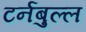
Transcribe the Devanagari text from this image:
टर्नबुल्ल